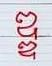
ឌ្ឌ